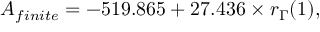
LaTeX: A _ { f i n i t e } = - 5 1 9 . 8 6 5 + 2 7 . 4 3 6 \times r _ { \Gamma } ( 1 ) ,